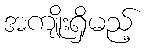
အကျိုးရှိမည့်